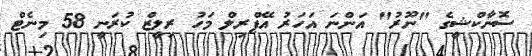
ސޮނާކްޝީގެ "ނޫރު" އަންނަ އަހަރު އޭޕްރިލް މަހު ރިލީޒް ކުރަނީ 58 މިނެޓް